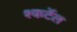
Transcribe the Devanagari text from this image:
श्कर्टेल